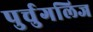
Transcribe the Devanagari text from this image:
पुर्चुगलिज